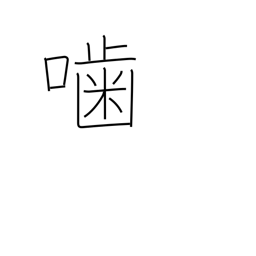
Meaning: gnaw